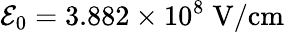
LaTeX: {\cal E}_{0}=3.882\times 10^{8}\; \mathrm{V/cm}